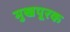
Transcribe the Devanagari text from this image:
मुखपूरक